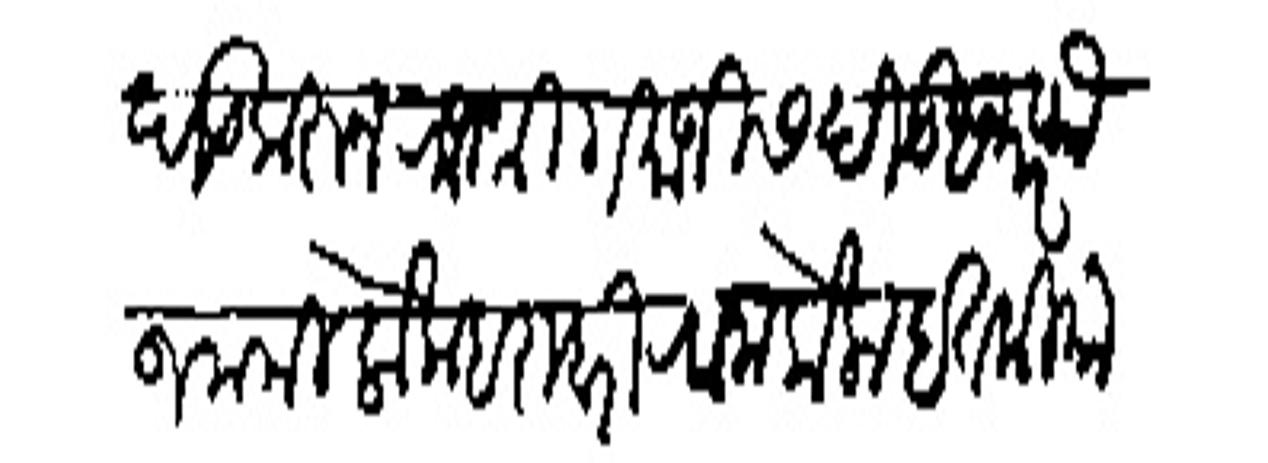
Transliteration (Devanagari): बिघड करून राजश्री गमाजीस दीड हजार फौजनामी लोक बराबरी रवाना केला इतकियांत